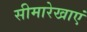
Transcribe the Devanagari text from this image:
सीमारेखाएं